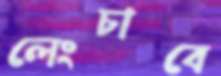
লেংচাবে